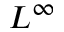
L ^ { \infty }